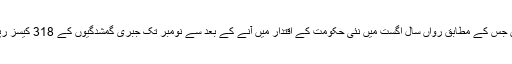
کمیشن نے رواں سال کے اعدادوشمار بھی جاری کیے ہیں جس کے مطابق رواں سال اگست میں نئی حکومت کے اقتدار میں آنے کے بعد سے نومبر تک جبری گمشدگیوں کے 318 کیسز رپورٹ ہوئے ہیں جن میں سے 226 کیسز ختم ہو گئے ہیں۔